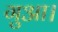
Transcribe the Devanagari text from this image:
गुआ।